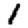
Digit: 1